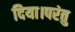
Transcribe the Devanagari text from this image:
दिया।परंतु